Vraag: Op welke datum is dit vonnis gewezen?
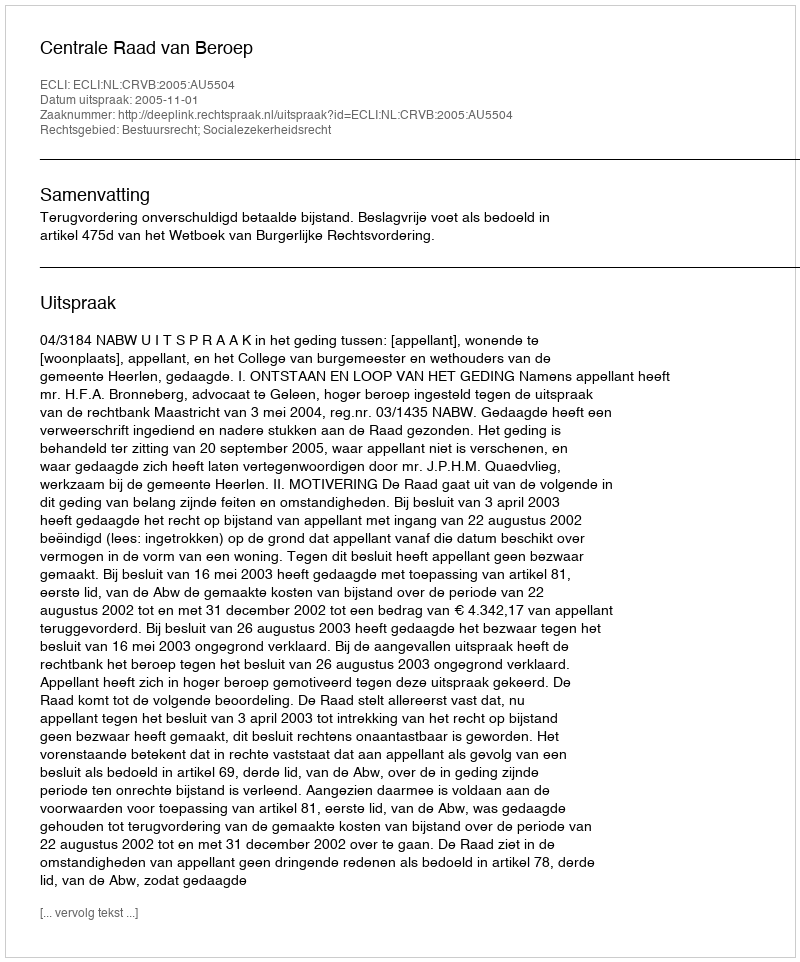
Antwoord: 2005-11-01